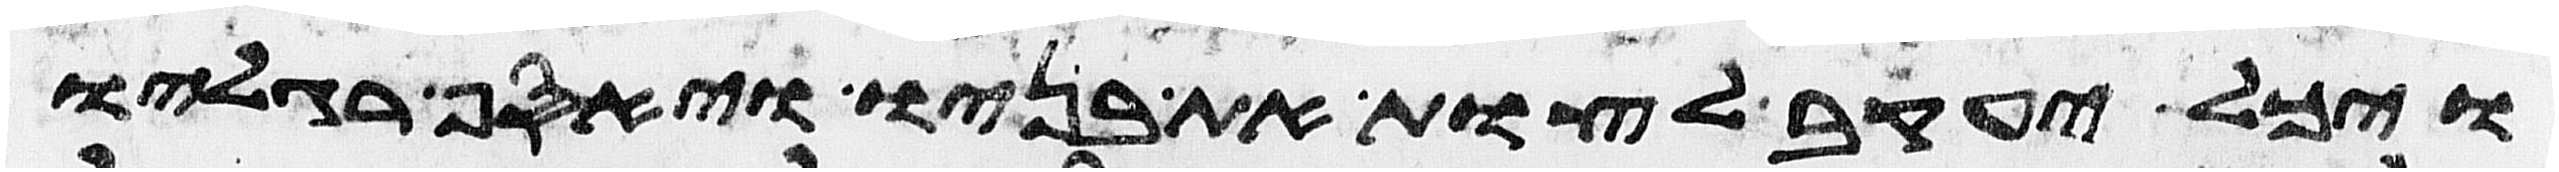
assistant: ויכל יעקב לצות את בניו ויאסף רגליו